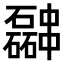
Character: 𫡎